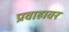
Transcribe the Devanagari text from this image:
प्रवाहावर